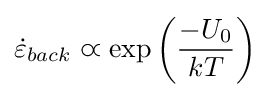
{\dot {\varepsilon }}_{back}\varpropto \exp \left({\frac {-U_{0}}{kT}}\right)